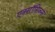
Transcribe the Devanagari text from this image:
एक्सॉसिज़्म्स